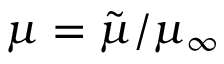
\mu = { \tilde { \mu } } / { \mu _ { \infty } }